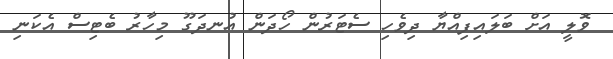
ވޮލީ އަށް ބަލައިފިއްޔާ ދިވެހި ސެޓަރުން ހޯދަން އުނދަގޫ މިހާރު ބެޓިސް އެކަނި